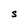
Character: S